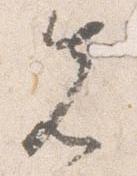
先